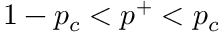
1 - p _ { c } < p ^ { + } < p _ { c }